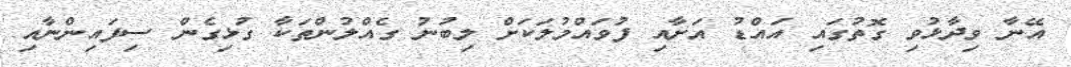
އޭނާ ވިދާޅުވި ގޮތުގައި އައްޑު އަށާއި ފުވައްމުލަކަށް ލިބުނު ގެއްލުންތަކާ ގުޅިގެން ސިފައިންނާއި